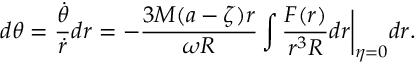
d \theta = \frac { \dot { \theta } } { \dot { r } } d r = - \frac { 3 M ( a - \zeta ) r } { { \omega \cal R } } \int \frac { { \cal F } ( r ) } { r ^ { 3 } { \cal R } } d r \bigg | _ { \eta = 0 } d r .